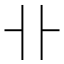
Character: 卝